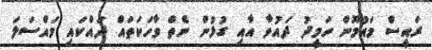
ރައީސް މައުމޫން ހަމީދު ދައުވާ އާއި ގުޅުން ނެތް ވާހަކަތައް ދައްކައި މައްސަލަ